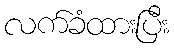
လက်ခံထားပြီး